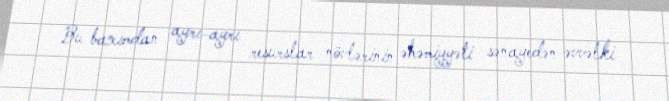
Bu baxımdan ayrı-ayrı resurslar növlərinin əhəmiyyəti sənayedən əvvəlki